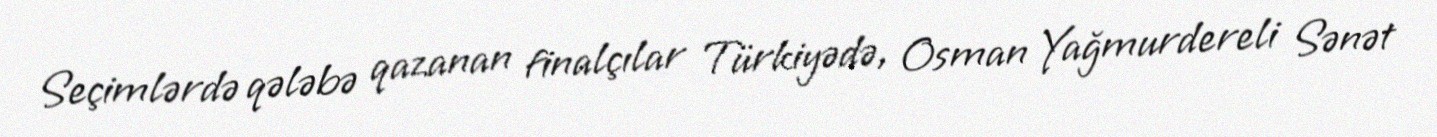
Seçimlərdə qələbə qazanan finalçılar Türkiyədə, Osman Yağmurdereli Sənət